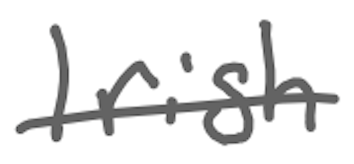
Text: Irish
Cross-out: single-line
Writing tool: digital_gray